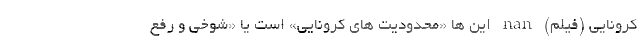
کرونایی (فیلم) nan این ها «محدودیت های کرونایی» است یا «شوخی و رفع